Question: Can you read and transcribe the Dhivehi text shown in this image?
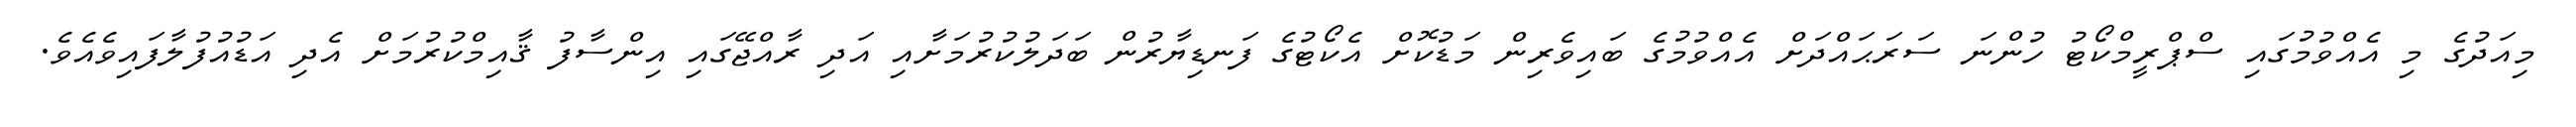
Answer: މިއަދުގެ މި އެއްވުމުގައި ސްޕްރީމްކޯޓު ހުންނަ ސަރަޙައްދަށް އެއްވުމުގެ ބައިވެރިން މަޑުކޮށް އެކޯޓުގެ ފަނޑިޔާރުން ބަދަލުކުރުމަށާއި އަދި ރާއްޖޭގައި އިންސާފު ޤާއިމްކުރުމަށް އެދި އަޑުއުފުލާފައިވެއެވެ.